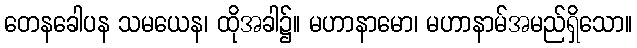
တေနခေါပန သမယေန၊ ထိုအခါ၌။ မဟာနာမော၊ မဟာနာမ်အမည်ရှိသော။